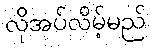
လိုအပ်လိမ့်မည်